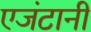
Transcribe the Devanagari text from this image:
एजंटानी